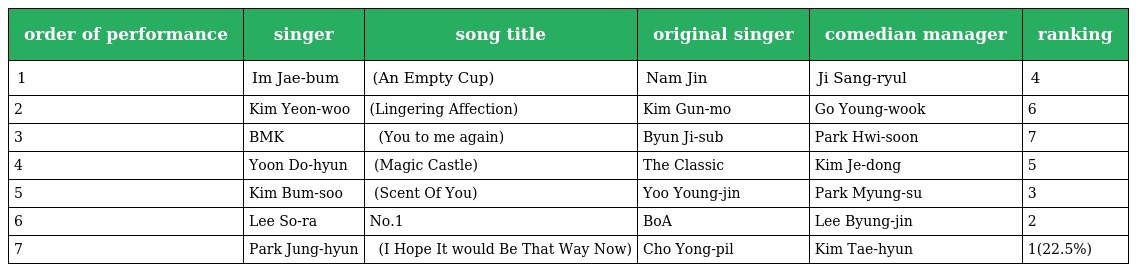
| order of performance | singer | song title | original singer | comedian manager | ranking |
 | --- | --- | --- | --- | --- | --- |
 | 1 | Im Jae-bum | 빈잔(An Empty Cup) | Nam Jin | Ji Sang-ryul | 4 |
 | 2 | Kim Yeon-woo | 미련(Lingering Affection) | Kim Gun-mo | Go Young-wook | 6 |
 | 3 | BMK | 그대 내게 다시(You to me again) | Byun Ji-sub | Park Hwi-soon | 7 |
 | 4 | Yoon Do-hyun | 마법의 성(Magic Castle) | The Classic | Kim Je-dong | 5 |
 | 5 | Kim Bum-soo | 그대의 향기(Scent Of You) | Yoo Young-jin | Park Myung-su | 3 |
 | 6 | Lee So-ra | No.1 | BoA | Lee Byung-jin | 2 |
 | 7 | Park Jung-hyun | 이젠 그랬으면 좋겠네(I Hope It would Be That Way Now) | Cho Yong-pil | Kim Tae-hyun | 1(22.5%) |